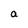
Character: a